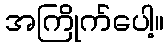
အကြိုက်ပေါ့။